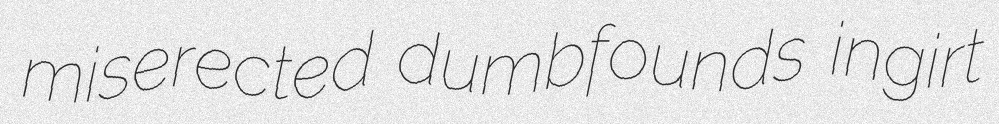
miserected dumbfounds ingirt